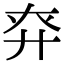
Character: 𢌾